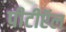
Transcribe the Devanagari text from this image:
पीटीऍल